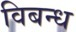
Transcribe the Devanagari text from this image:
विबन्ध